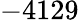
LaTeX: -4129